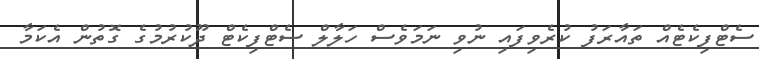
ސެޓްފިކެޓެއް ތައާރަފު ކުރެވިފައި ނުވި ނަމަވެސް ހަލާލް ސެޓްފިކެޓް ދޫކުރުމުގެ ގޮތުން އެކަމާ